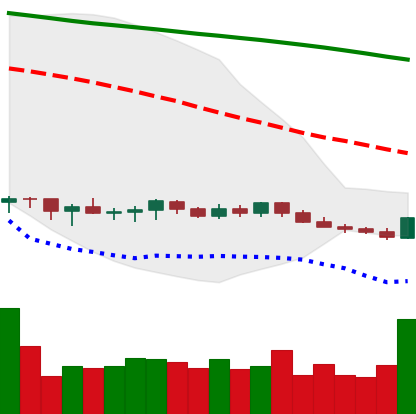
Ticker: XMR-USD
Chart end date: 2019-10-16
Forward return: 4.992%
Label: up_3_5